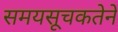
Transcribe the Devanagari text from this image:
समयसूचकतेने